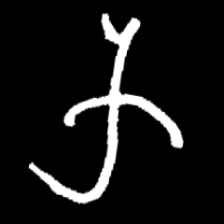
Pyu character \u2014 Myanmar letter: က (romanized: ka)